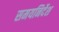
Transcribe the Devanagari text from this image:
समयनिर्देश